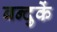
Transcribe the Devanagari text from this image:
बन्दुकें